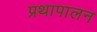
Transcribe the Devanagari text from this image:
प्रथापालन